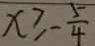
x \geq - \frac { 5 } { 4 }